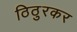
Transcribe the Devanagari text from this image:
ठिठुरकर